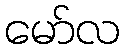
မော်လ